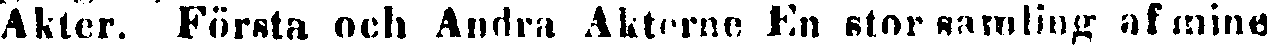
Akter. Första och Andra Akterne En stor samling af mine